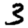
Digit: 3